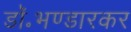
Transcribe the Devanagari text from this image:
डॉ॰भण्डारकर